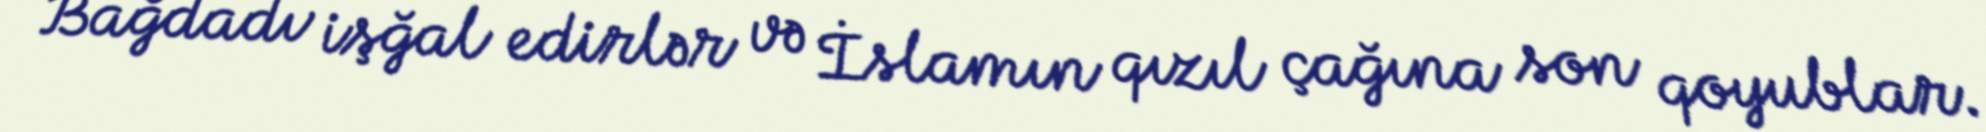
Bağdadı işğal edirlər və İslamın qızıl çağına son qoyublar.